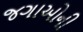
જગાઓની